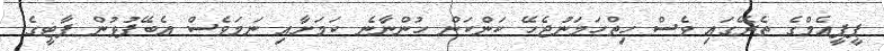
ޕީޕީއެމްގެ ތެރޭގައި ވެސް ހިތްހަމަނުޖެހޭ ކަންކަން ހުންނާނެ ކަމަށާއި ނަމަވެސް އެބޭފުޅުން ޕާޓީގެ